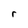
Character: r